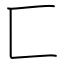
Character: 匚